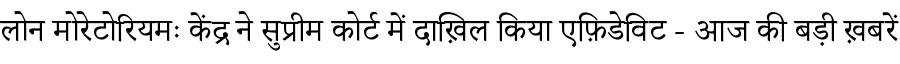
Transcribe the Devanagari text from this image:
लोन मोरेटोरियमः केंद्र ने सुप्रीम कोर्ट में दाख़िल किया एफ़िडेविट - आज की बड़ी ख़बरें